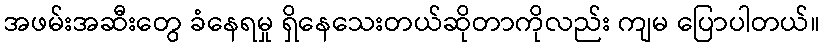
အဖမ်းအဆီးတွေ ခံနေရမှု ရှိနေသေးတယ်ဆိုတာကိုလည်း ကျမ ပြောပါတယ်။